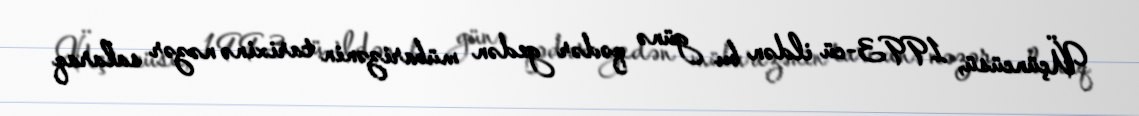
Üçüncüsü, 1993-cü ildən bu günə qədər gedən mübarizənin tarixinə nəzər salaraq